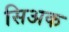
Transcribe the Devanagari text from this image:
सिअक